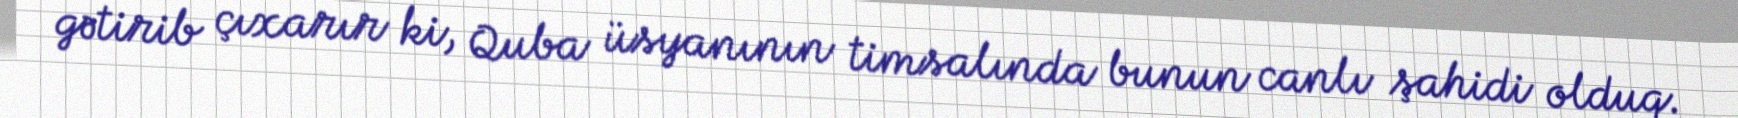
gətirib çıxarır ki, Quba üsyanının timsalında bunun canlı şahidi olduq.